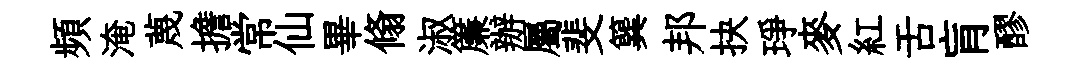
頻淹蔑擔常仙畢翛淑簾辦屬斐簨邦抉琤麥紅舌肓醪